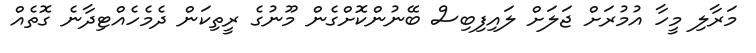
މަރާލި މީހާ އުމުރަށް ޖަލަށް ލައިފިބިސް ބޭނުންކޮށްގެން މޫނުގެ ރީތިކަން ދެމެހެއްޓިދާނެ ގޮތެއް